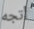
أتجه